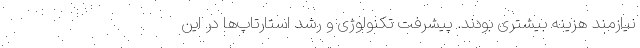
نیازمند هزینه بیشتری بودند. پیشرفت تکنولوژی و رشد استارتاپ‌ها در این